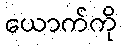
ယောက်ကို